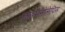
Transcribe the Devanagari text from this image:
हाइमेनोलेपिस